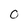
Character: 0